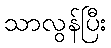
သာလွန်ပြီး